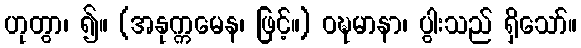
ဟုတွာ၊ ၍။ (အနုက္ကမေန၊ ဖြင့်။) ဝဍ္ဎမာနာ၊ ပွါးသည် ရှိသော်။